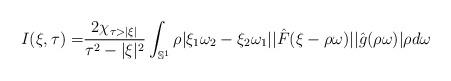
LaTeX: \begin{align*}I(\xi,\tau)=& \frac{2\chi_{\tau > |\xi|}}{\tau^2 - |\xi|^2} \int_{\mathbb{S}^1} \rho |\xi_1 \omega_2 - \xi_2 \omega_1| |\hat{F}(\xi-\rho \omega)| |\hat{g}(\rho \omega)| \rho d\omega\end{align*}